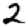
Digit: 2